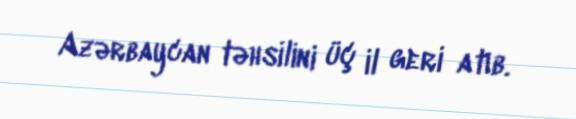
Azərbaycan təhsilini üç il geri atıb.